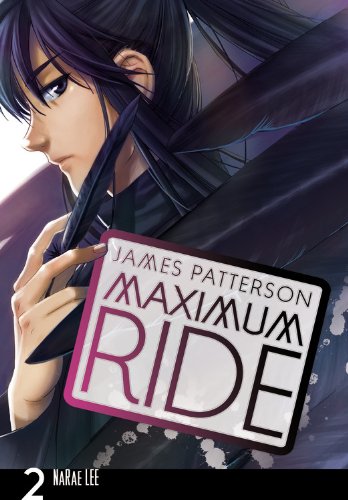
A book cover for Maximum Ride: The Manga, Vol. 2; James Patterson; Comics & Graphic Novels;